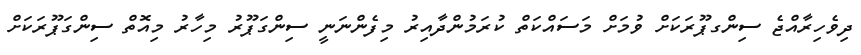
ދިވެހިރާއްޖެ ސިންގޕޫރަކަށް ވުމަށް މަސައްކަތް ކުރަމުންދާއިރު މިފެންނަނީ ސިންގަޕޫރު މިހާރު މިއޮތް ސިންގަޕޫރަކަށް